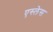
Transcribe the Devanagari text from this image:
एस्लेस